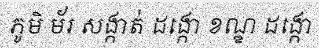
ភូមិ ម័រ សង្កាត់ ដង្កោ ខណ្ឌ ដង្កោ